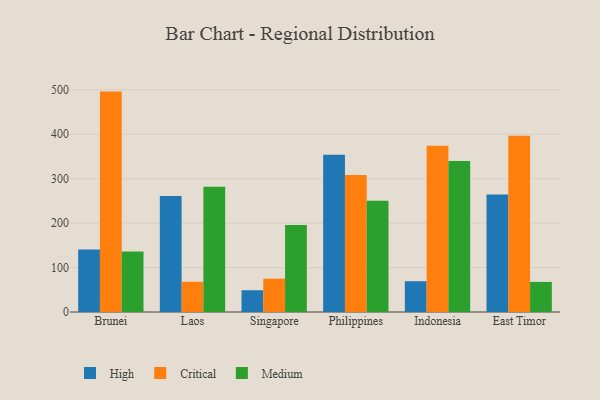
{"axis": {"x": "Country", "y": "Conversion Rate (%)"}, "legend": ["Critical", "High", "Medium"], "data": [{"x": "Brunei", "y": 140.9, "type": "High"}, {"x": "Brunei", "y": 496.0, "type": "Critical"}, {"x": "Brunei", "y": 136.3, "type": "Medium"}, {"x": "Laos", "y": 260.9, "type": "High"}, {"x": "Laos", "y": 68.0, "type": "Critical"}, {"x": "Laos", "y": 282.1, "type": "Medium"}, {"x": "Singapore", "y": 49.0, "type": "High"}, {"x": "Singapore", "y": 75.1, "type": "Critical"}, {"x": "Singapore", "y": 195.8, "type": "Medium"}, {"x": "Philippines", "y": 354.0, "type": "High"}, {"x": "Philippines", "y": 308.5, "type": "Critical"}, {"x": "Philippines", "y": 250.3, "type": "Medium"}, {"x": "Indonesia", "y": 69.2, "type": "High"}, {"x": "Indonesia", "y": 374.4, "type": "Critical"}, {"x": "Indonesia", "y": 340.0, "type": "Medium"}, {"x": "East Timor", "y": 264.6, "type": "High"}, {"x": "East Timor", "y": 396.7, "type": "Critical"}, {"x": "East Timor", "y": 67.7, "type": "Medium"}]}